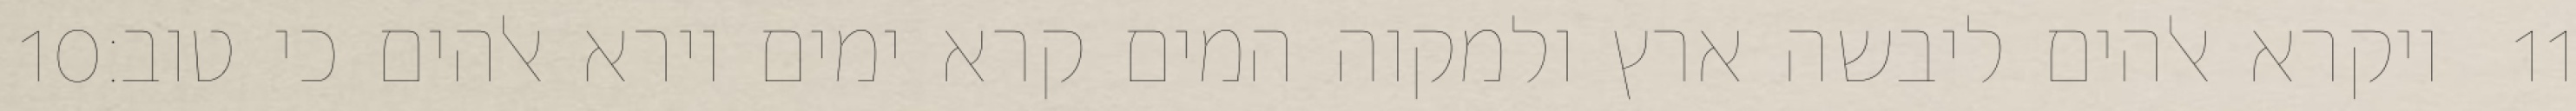
‎10‏ ויקרא אלהים ליבשה ארץ ולמקוה המים קרא ימים וירא אלהים כי טוב׃ ‎11‏